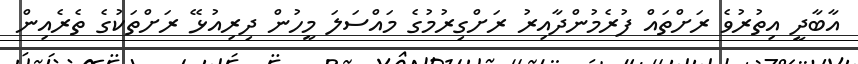
އާބާދީ އިތުރުވެ ރަށްތައް ފުރެމުންދާއިރު ރަށްގިރުމުގެ މައްސަލަ މީހުން ދިރިއުޅޭ ރަށްތަކުގެ ތެރެއިން